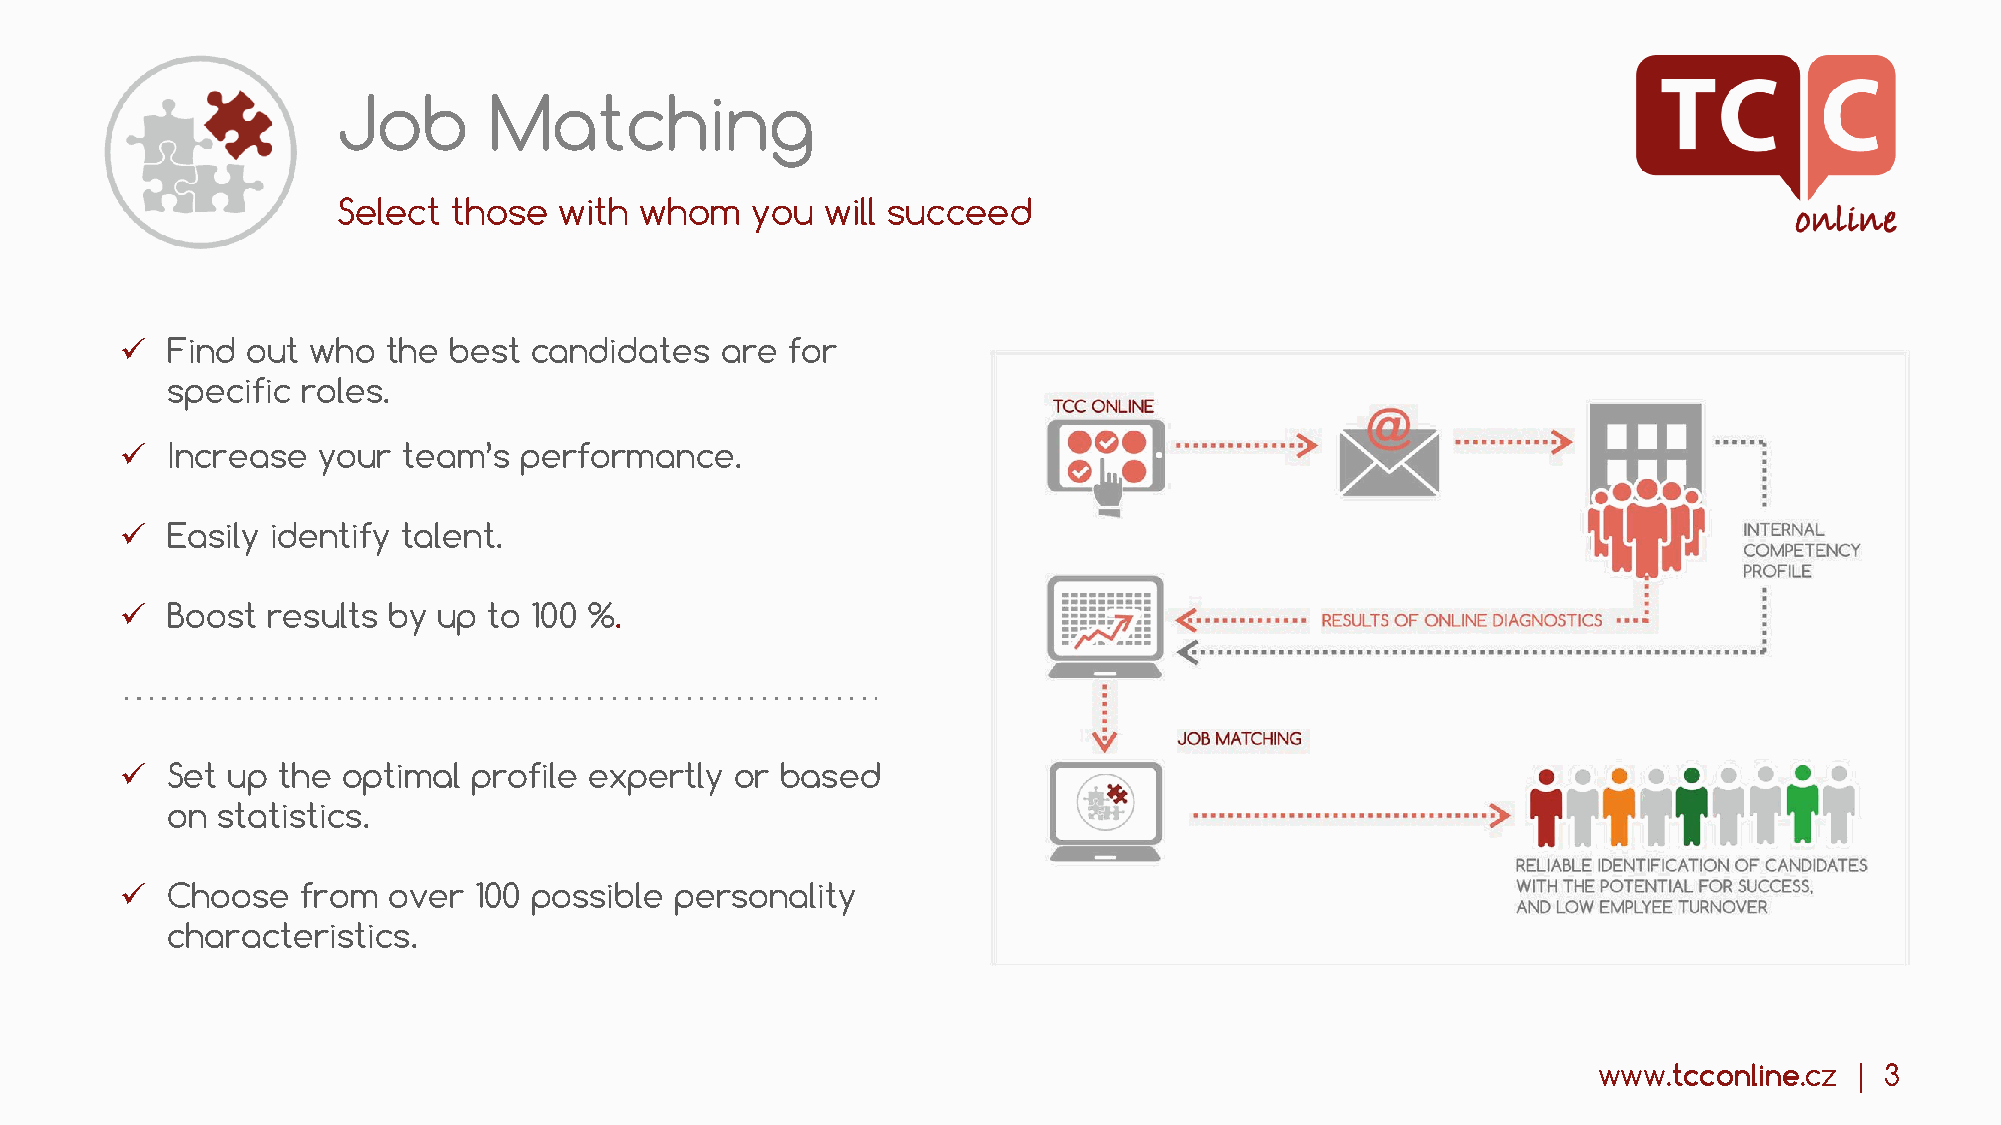
Job       Matching
 Select  those  with whom    you  will succeed
 ✓  Find out who   the best candidates   are for
 specific roles.
 ✓  Increase  your  team’s performance.
 ✓  Easily identify talent.
 ✓  Boost  results by up to 100 %.
 ✓  Set up the  optimal profile expertly  or based
 on statistics.
 ✓  Choose   from  over 100 possible  personality
 characteristics.
 www.tcconline.cz | 3